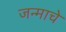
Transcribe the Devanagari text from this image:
जन्माचेे